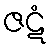
ဇဋံ